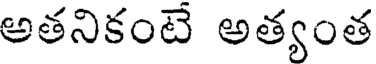
అతనికంటే అత్యంత